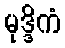
မုဒ္ဒိကံ